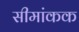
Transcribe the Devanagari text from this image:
सीमांकक